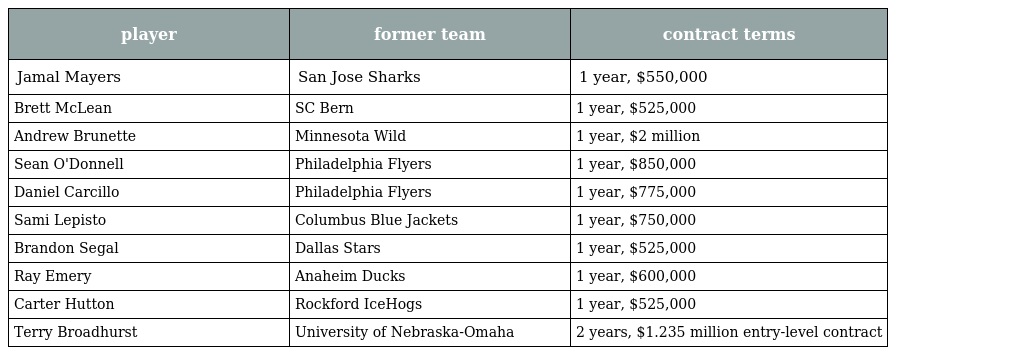
| player | former team | contract terms |
 | --- | --- | --- |
 | Jamal Mayers | San Jose Sharks | 1 year, $550,000 |
 | Brett McLean | SC Bern | 1 year, $525,000 |
 | Andrew Brunette | Minnesota Wild | 1 year, $2 million |
 | Sean O'Donnell | Philadelphia Flyers | 1 year, $850,000 |
 | Daniel Carcillo | Philadelphia Flyers | 1 year, $775,000 |
 | Sami Lepisto | Columbus Blue Jackets | 1 year, $750,000 |
 | Brandon Segal | Dallas Stars | 1 year, $525,000 |
 | Ray Emery | Anaheim Ducks | 1 year, $600,000 |
 | Carter Hutton | Rockford IceHogs | 1 year, $525,000 |
 | Terry Broadhurst | University of Nebraska-Omaha | 2 years, $1.235 million entry-level contract |